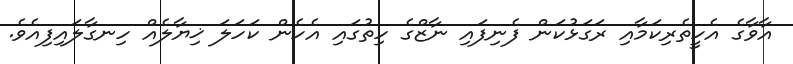
އާވާގެ އެހީތެރިކަމާއި ރަގަޅުކަން ފެނިފައި ނާޒްގެ ހިތުގައި އެހެން ކަހަލަ ޚިޔާލެއް ހިނގާލައިފިއެވެ.